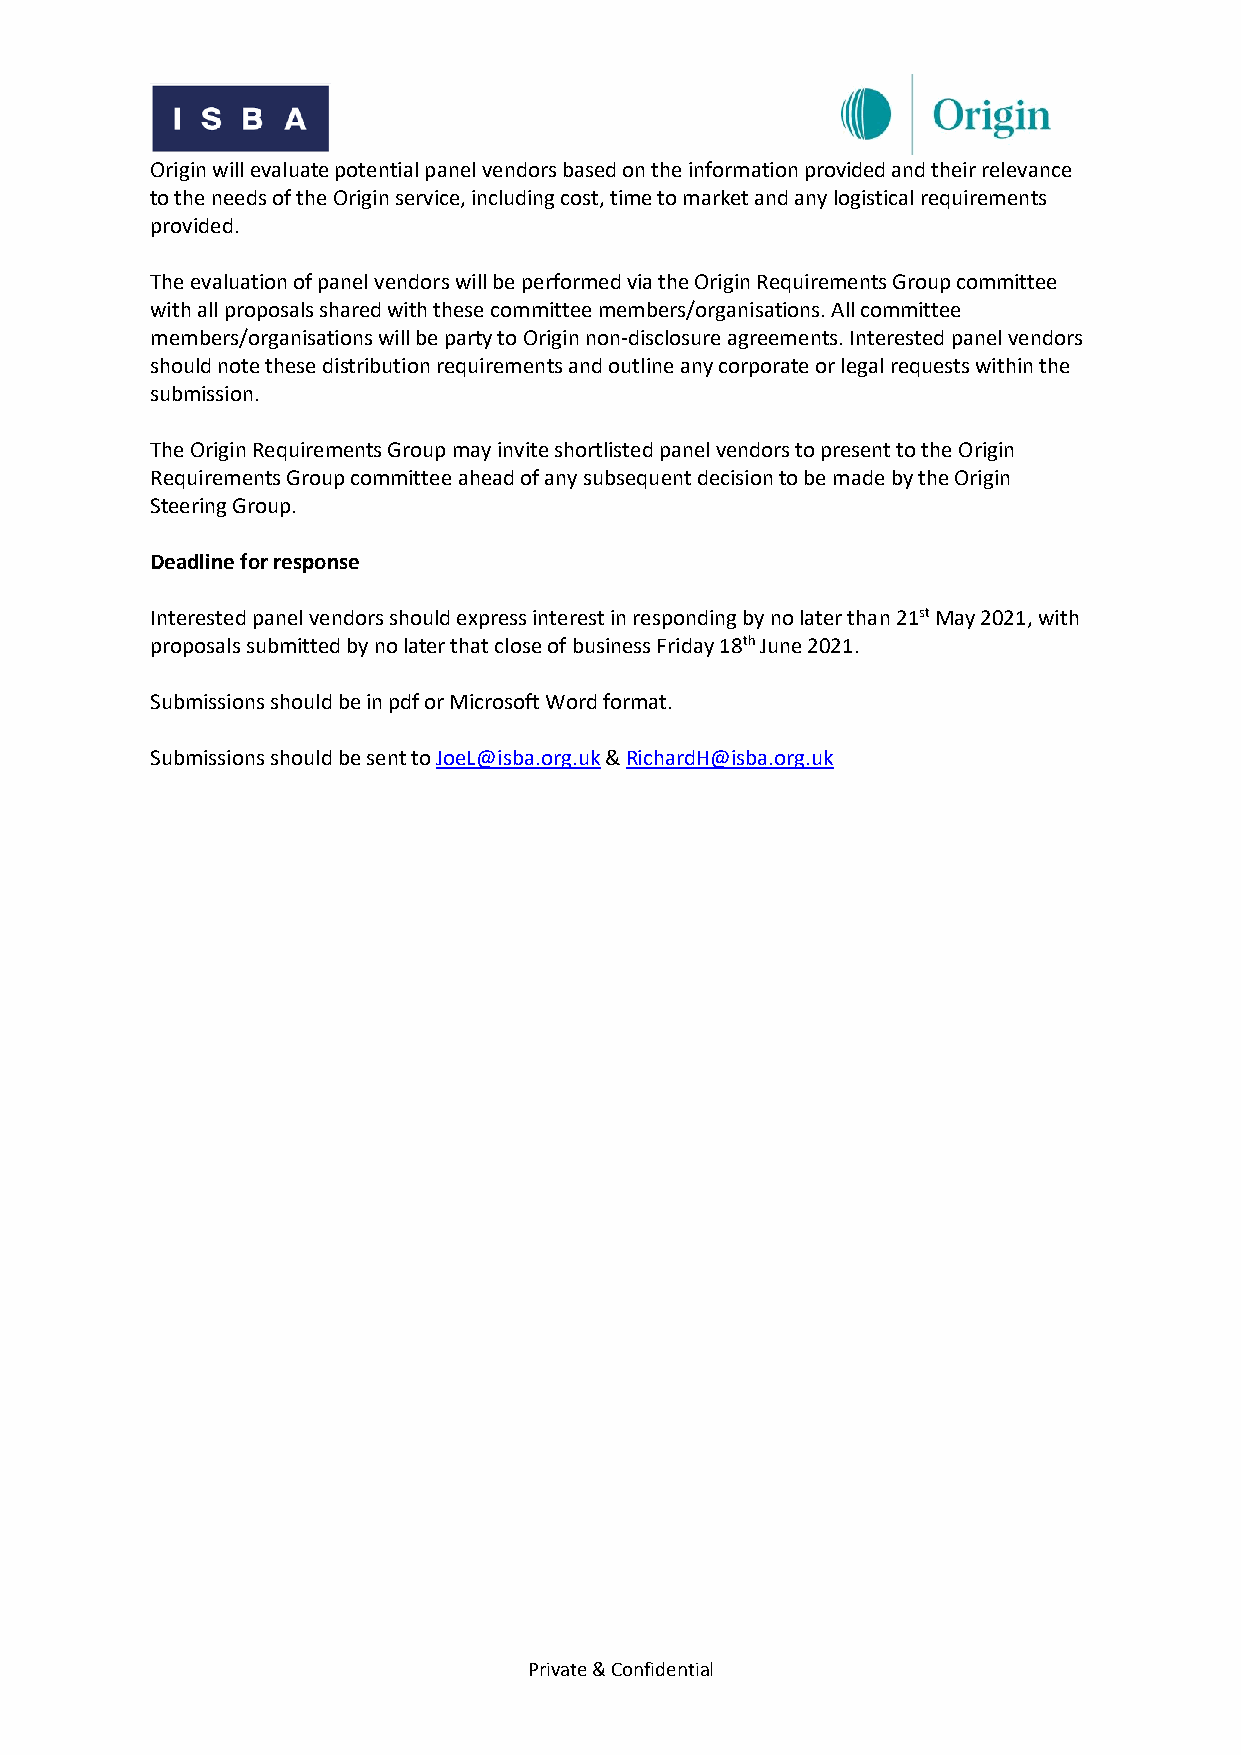
Origin will evaluate potential panel vendors based on the information provided and their relevance
 to the needs of the Origin service, including cost, time to market and any logistical requirements
 provided.
 The evaluation of panel vendors will be performed via the Origin Requirements Group committee
 with all proposals shared with these committee members/organisations. All committee
 members/organisations will be party to Origin non-disclosure agreements. Interested panel vendors
 should note these distribution requirements and outline any corporate or legal requests within the
 submission.
 The Origin Requirements Group may invite shortlisted panel vendors to present to the Origin
 Requirements Group committee ahead of any subsequent decision to be made by the Origin
 Steering Group.
 Deadline for response
 Interested panel vendors should express interest in responding by no later than 21st May 2021, with
 proposals submitted by no later that close of business Friday 18th June 2021.
 Submissions should be in pdf or Microsoft Word format.
 Submissions should be sent to JoeL@isba.org.uk & RichardH@isba.org.uk
 Private & Confidential